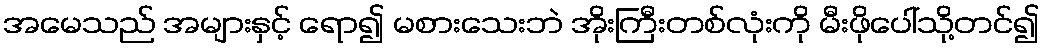
အမေသည် အများနှင့် ရော၍ မစားသေးဘဲ အိုးကြီးတစ်လုံးကို မီးဖိုပေါ်သို့တင်၍